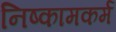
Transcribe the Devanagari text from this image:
निष्कामकर्म